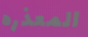
المعذره